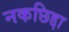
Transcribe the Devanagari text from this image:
नकछिद्दा